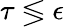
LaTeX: \tau\lessgtr\epsilon